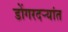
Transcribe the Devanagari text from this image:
डोंगरदर्‍यांत